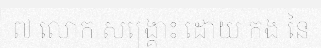
៧ លោក សង្គ្រោះ ដោយ កង នៃ